Vaccination in the Punjab 1883-1896 - 1883-1896
Year: 1883
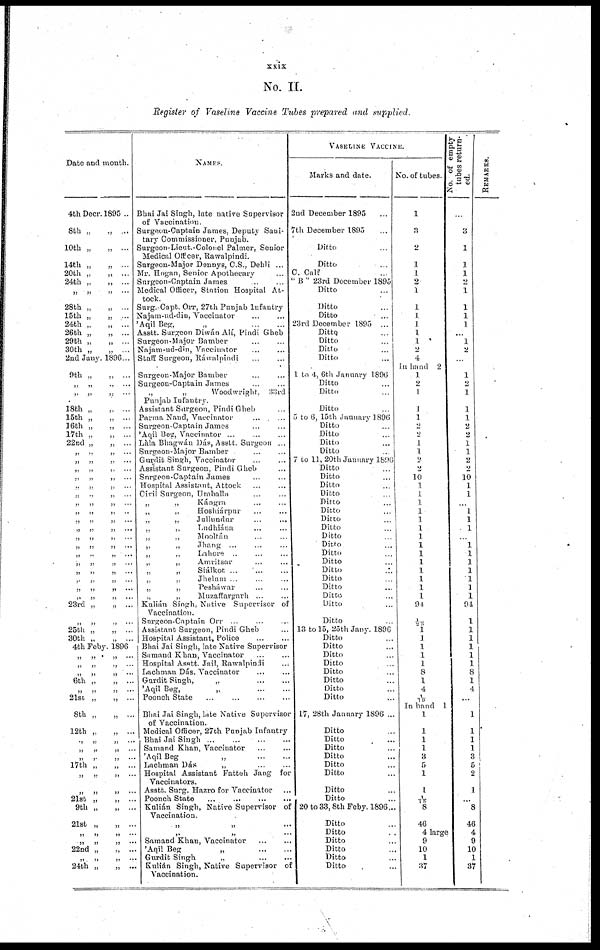
xxix
No. II.
Register of Vaseline Vaccine Tubes prepared and supplied.
Date and mouth.
4th Decr. 1895 ...
8th „
„ ...
10th „
„ ...
14th „
„ ...
20th „
„ ...
24th „
„ ...
„ „
„ ...
28th „
„ ...
15th „
„ ...
24th „
„ ...
26th „
„ ...
29th „
„ ...
30th „
„ ...
2nd Jany. 1896...
9th „
„ ...
„ „
„ ...
„
„
„ ...
18th „
„
...
15th „
„ ...
16th „
„ ...
17th „
„ ...
22nd „
„ ...
„
„
„
...
„
„
„ ...
„
„
„ ...
„
„
„
...
„
„ „ ...
„ „ „ ...
„
„ „
...
„
,„
„ ...
„
„
„
...
„
„
„
...
„
„
„ ...
„
„
„ ...
„
„
„
...
„
„
„ ...
„ „ „ ...
„
„
„
...
„
„
„
...
„
„
„
...
23rd „
„ ...
„
„
„
...
25th „
„ ...
30th „
„ ...
4th Feby. 1896
„
„
„
...
„
„
„ ...
„
„
„
...
6th „
„ ...
„
„
„ ...
21st „
„
...
8th „
„ ...
12th „
„
...
„
„
„
...
„
„
„
...
„
„
„ ...
17th „
„ ...
„ „
„ ...
„
„
„
...
21st „
„ ...
9th „
„ ...
21st „
„ ...
„
„
„ ..
„
„
„
...
22nd „
„ ...
„
„
„
...
24th „
„ ...
NAMES.
Bhai Jai Singh, late native Supervisor
of Vaccination.
Surgeon-Captain James, Deputy Sani-
tary Commissioner, Punjab.
Surgeon-Lieut.-Colonel Palmer, Senior
Medical Officer, Rawalpindi.
Surgeon-Major Dennys, C.S., Dehli ...
Mr. Hogan, Senior Apothecary ...
Surgeon-Captain James ... ...
Medical Officer, Station Hospital At¬
tock.
Surg.Capt. Orr, 27th Punjab lnfantry
Najam-ud-din, Vaccinator ... ...
'Aqil Beg,
„
...
...
Asstt. Surgeon Diwán Alí, Pindi Gheb
Surgeon-Major Bamber ... ...
Najnin-ud-din, Vaccinator ... ...
Staff Surgeon, Ráwalpindi ... ...
Surgeon-Major Bamber ... ...
Surgeon-Captain James ... ...
„
„
Woodwright
33 rd
Punjab Infantry.
Assistant Surgeon, Pindi Gheb ...
Parma Nand, Vaccinator ... ...
Surgeon-Captain James ... ...
'Aqil Beg, Vaccinator ...
Lála Bhagwán Dás, Asstt. Surgeon ...
Surgeon-Major Bamber ... ...
Gurdit Singh, Vaccinator ... ...
Assistant Surgeon, Pindi Gheb ...
Surgeon-Captain James ... ...
Hospital Assistant, Attock ... ...
Civil Surgeon, Umballa ... ...
„
„
Kángra ... ...
„
„
Hoshiárpur ... ...
„
„
Jullundur ... ...
„
„
Ludhiána ... ...
„
„
Mooltán ... ...
„
„
Jhang ... ... ...
„
„
Lahore ... ... ...
„
„
Amritsar ... ...
„
„
Siálkot ... ... ...
„
„
Jhelum ... ... ...
„
„
Pesháwar ... ...
„
„
Muzaffargarh ... ...
Kulián Singh, Native Supervisor of
Vaccination.
Surgeon-Captain Orr ... ... ...
Assistant Surgeon, Pindi Gheb ...
Hospital Assistant, Police ... ...
Bhai Jai Singh, late Native Supervisor
Samand Khan, Vaccinator ... ...
Hospital Asstt. Jail, Rawalpindi
...
Lachman Dás. Vaccinator ... ...
Gurdit Singh,
„ ... ...
'Aqil Beg,
„
...
...
Poonch State
...
...
...
...
Bhai Jai Singh, late Native Supervisor
of Vaccination.
Medical Officer, 27th Punjab Infantry
Bhai Jai Singh
...
...
...
...
Samand Khan, Vaccinator ... ...
'Aqil Beg
„
...
...
Lachman Dás
„ ... ...
Hospital Assistant Fatteh Jang for
Vaccinators.
Asstt. Surg. Hazro for Vaccinator ...
Poonch State
...
...
...
...
Kulián Singh, Native Supervisor of
Vaccination.
„
„
...
„
„
...
Samand Khan, Vaccinator ... ...
'Aqil Beg
„
...
...
Gurdit Singh
„ ... ...
Kulián Singh, Native Supervisor of
Vaccination.
VASELINE VACCINE.
Marks and date.
2nd December 1895 ...
7th December 1895 ...
Ditto ...
Ditto ...
C. Calf ...
"B " 23rd December 1895
Ditto ...
Ditto ...
Ditto ...
23rd December 1895 ...
Ditto ...
Ditto ...
Ditto ...
Ditto ...
1 to 4, 6th January 1896
Ditto ...
Ditto ...
Ditto ...
5 to 6, 15th January1896
Ditto ...
Ditto
...
Ditto
...
Ditto
...
7 to 11, 20th January 1896
Ditto
...
Ditto
...
Ditto
...
Ditto ...
Ditto ...
Ditto ...
Ditto ...
Ditto ...
Ditto ...
Ditto ...
Ditto ...
Ditto ...
Ditto
...
Ditto ...
Ditto ...
Ditto ...
Ditto ...
Ditto ...
13 to 15, 25th Jany. 1896
Ditto ...
Ditto ...
Ditto ...
Ditto ...
Ditto ...
Ditto ...
Ditto ...
Ditto ...
17, 28th January 1896 ...
Ditto ...
Ditto ...
Ditto ...
Ditto ...
Ditto ...
Ditto ...
Ditto ...
Ditto ...
20 to 33,8th Feby. 1896...
Ditto ...
Ditto ...
Ditto ...
Ditto ...
Ditto ...
Ditto ...
No. of tubes.
1
3
2
1
1
2
1
1
1
1
1
1
2
4
In hand 2
1
2
1
1
1
2
2
1
1
2
2
10
1
1
1
1
1
1
1
1
1
1
1
1
1
1
94
1/23
1 1
1
1
1
8
1
4
1/10
In hand 1
1
1
1
1
3
5
1
1
1/15
8
46
4 large
9
10
1
37
No. or empty
tubes return-
ed.
...
3
1
1
1
2
1
1
1
1
...
1
2
...
1
2
1
1
1
2
2
1
1
2
2
10
1
1
...
1
1
1
...
1
1
1
1
1
1
1
94
1
1
1
1
1
1
8
1
4
...
1
1
1
1
3
REMARKS.
5
2
1
...
8
46
4
9
10
1
37